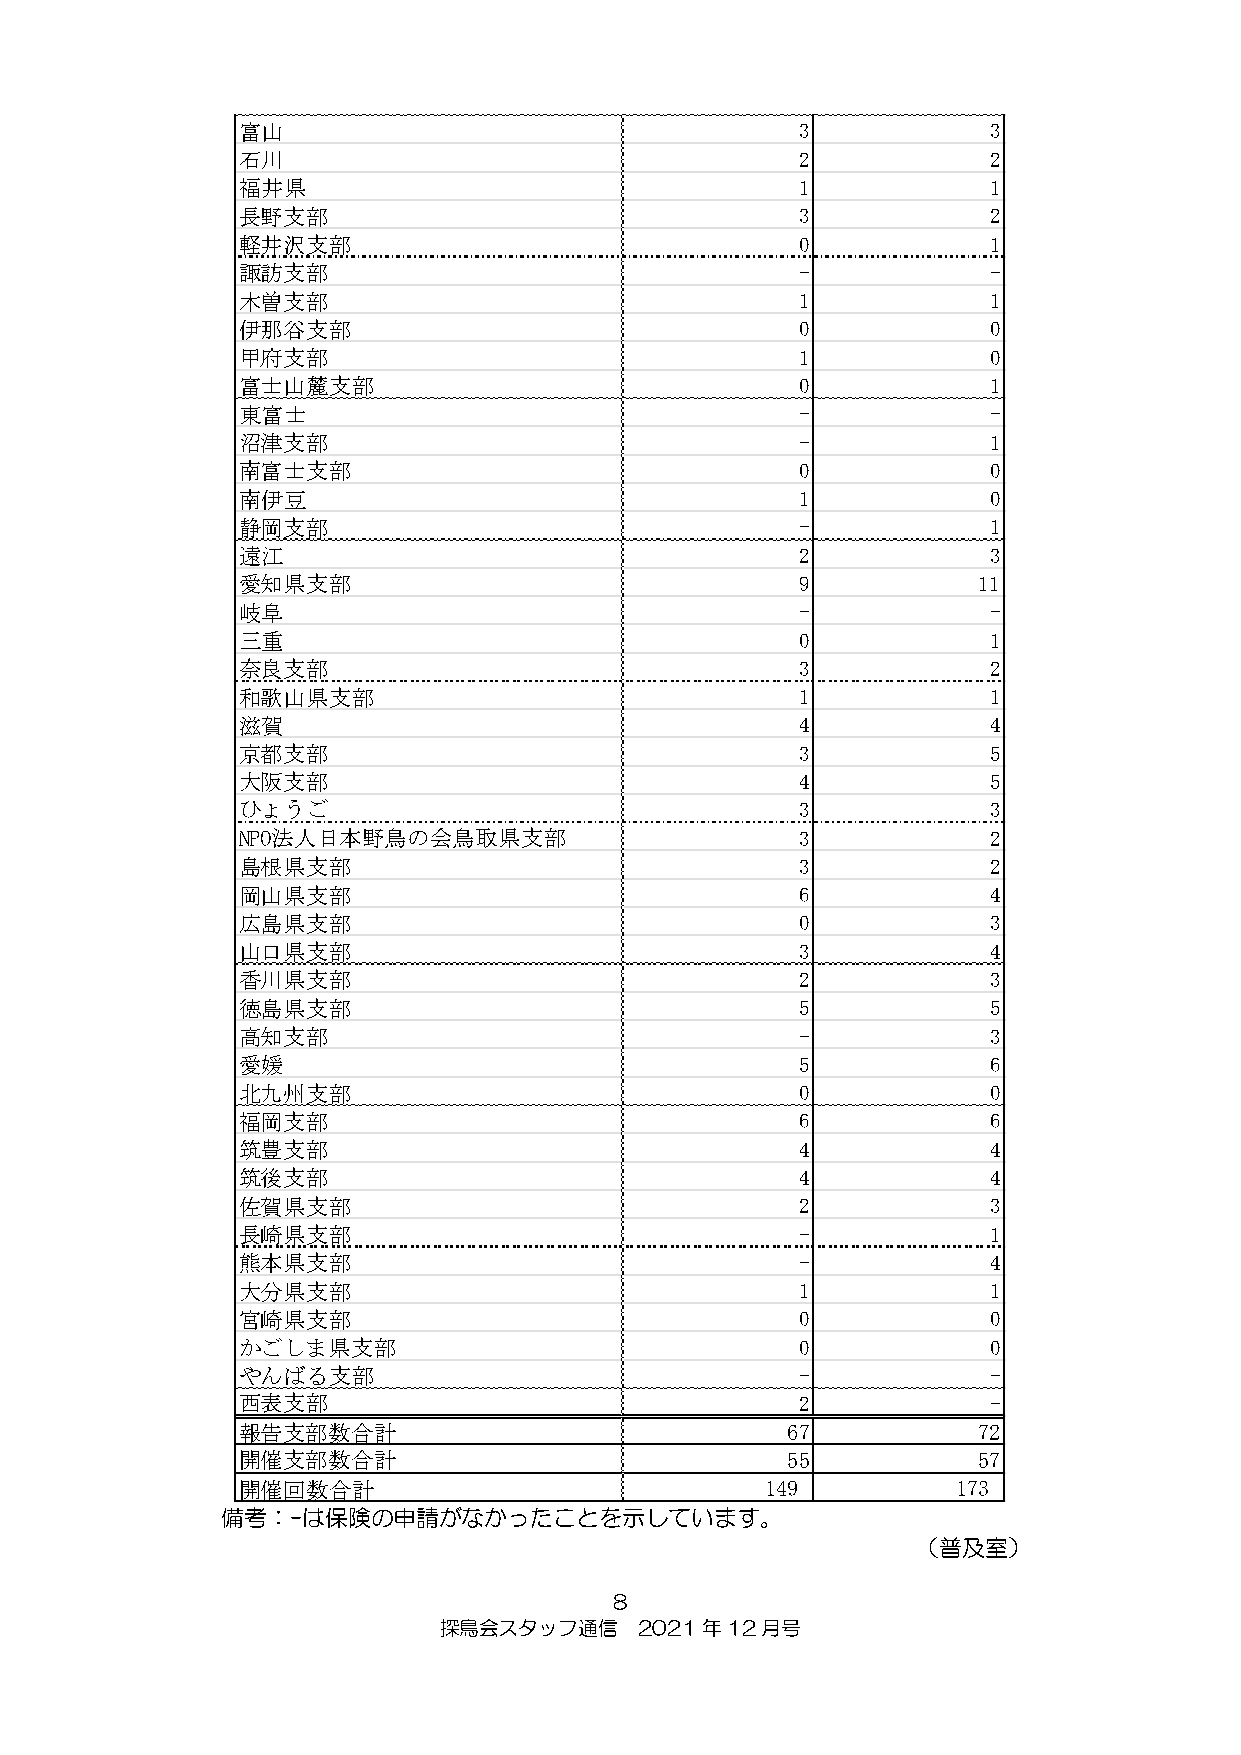
富山                                   3           3
 石川                                   2           2
 福井県                                  1           1
 長野支部                                 3           2
 軽井沢支部                                0           1
 諏訪支部                                 -           -
 木曽支部                                 1           1
 伊那谷支部                                0           0
 甲府支部                                 1           0
 富士山麓支部                               0           1
 東富士                                  -           -
 沼津支部                                 -           1
 南富士支部                                0           0
 南伊豆                                  1           0
 静岡支部                                 -           1
 遠江                                   2           3
 愛知県支部                                9           11
 岐阜                                   -           -
 三重                                   0           1
 奈良支部                                 3           2
 和歌山県支部                               1           1
 滋賀                                   4           4
 京都支部                                 3           5
 大阪支部                                 4           5
 ひょうご                                 3           3
 NPO法人日本野鳥の会鳥取県支部                     3           2
 島根県支部                                3           2
 岡山県支部                                6           4
 広島県支部                                0           3
 山口県支部                                3           4
 香川県支部                                2           3
 徳島県支部                                5           5
 高知支部                                 -           3
 愛媛                                   5           6
 北九州支部                                0           0
 福岡支部                                 6           6
 筑豊支部                                 4           4
 筑後支部                                 4           4
 佐賀県支部                                2           3
 長崎県支部                                -           1
 熊本県支部                                -           4
 大分県支部                                1           1
 宮崎県支部                                0           0
 かごしま県支部                              0           0
 やんばる支部                               -           -
 西表支部                                 2           -
 報告支部数合計                             67           72
 開催支部数合計                             55           57
 開催回数合計                             149         173
 備考：-は保険の申請がなかったことを示しています。
 （普及室）
 8
 探鳥会スタッフ通信    2021年12月号